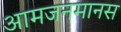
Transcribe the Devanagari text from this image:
आमजनमानस